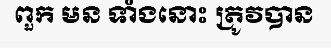
ពួក មន ទាំងនោះ ត្រូវបាន